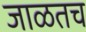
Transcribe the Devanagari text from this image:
जाळतच